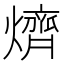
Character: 㸄